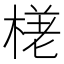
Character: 𣕗